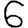
Digit: 6